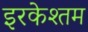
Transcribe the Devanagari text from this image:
इरकेश्तम